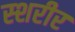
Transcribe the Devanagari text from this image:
स्शरीर